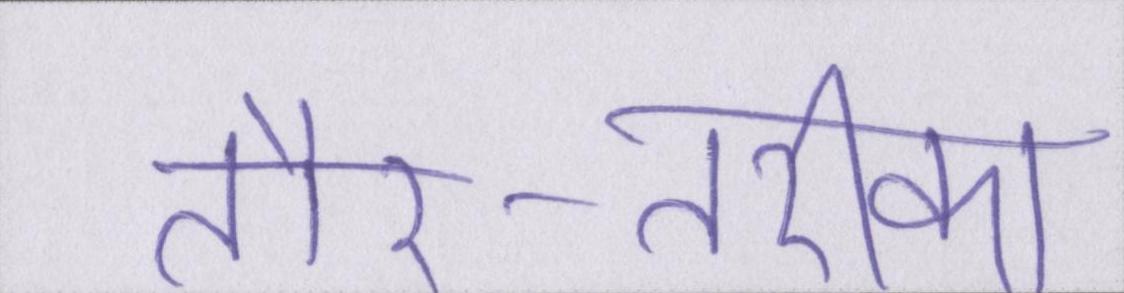
तौर-तरीका